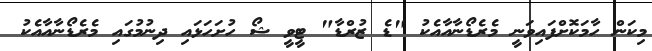
މިކަން ހާމަކޮށްފައިވަނީ މެރެޑޯނާއާއެކު "ޑެ ޒުރްޑާ" ޓީވީ ޝޯ ހުށަހަޅައި ދިނުމުގައި މެރެޑޯނާއާއެކު